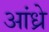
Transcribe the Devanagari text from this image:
आंध्रे